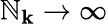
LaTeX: \mathbb{N}_{\mathbf{{k}}}\rightarrow\infty